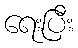
ရေးပြီး